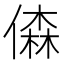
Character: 𠎊